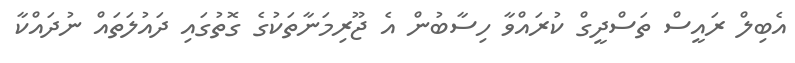
އެބިލް ރައީސް ތަސްދީގް ކުރައްވާ ހިސާބުން އެ ޖޫރިމަނާތަކުގެ ގޮތުގައި ދައުލަތައް ނުދައްކާ